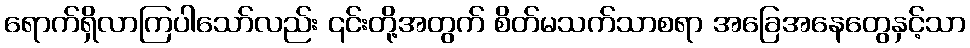
ရောက်ရှိလာကြပါသော်လည်း ၎င်းတို့အတွက် စိတ်မသက်သာစရာ အခြေအနေတွေနှင့်သာ